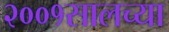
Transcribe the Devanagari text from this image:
२००१सालच्या